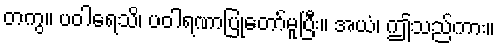
တကွ။ ပဝါရေသိ၊ ပဝါရဏာပြုတော်မူပြီး။ အယံ၊ ဤသည်ကား။